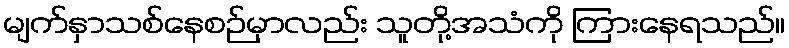
မျက်နှာသစ်နေစဉ်မှာလည်း သူတို့အသံကို ကြားနေရသည်။